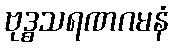
ဗုဒ္ဓသရဏဂမနံ